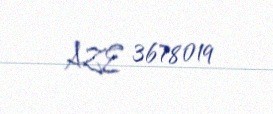
AZE 3678019